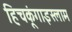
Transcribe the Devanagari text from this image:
हिचकूंगाइस्लाम